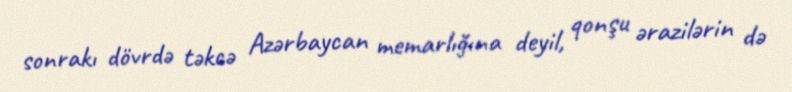
sonrakı dövrdə təkcə Azərbaycan memarlığına deyil, qonşu ərazilərin də